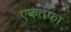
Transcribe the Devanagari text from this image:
एकतफा